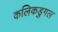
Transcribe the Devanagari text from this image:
कलिकडुगल